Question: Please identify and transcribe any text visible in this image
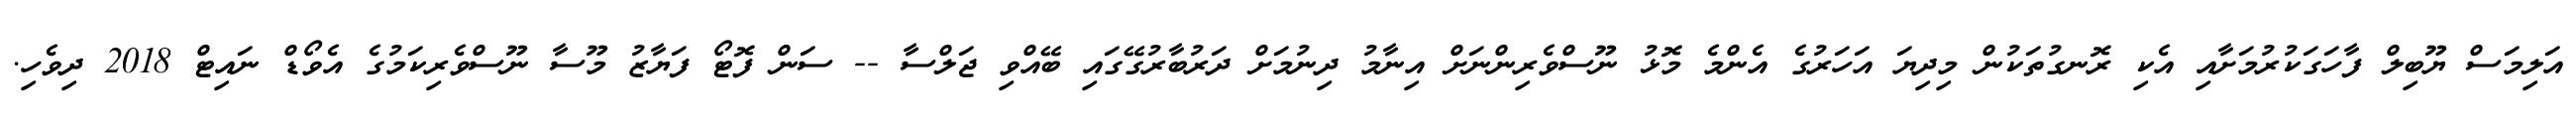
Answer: އަލިމަސް ޔޫބިލް ފާހަގަކުރުމަށާއި އެކި ރޮނގުތަކުން މިދިޔަ އަހަރުގެ އެންމެ މޮޅު ނޫސްވެރިންނަށް އިނާމު ދިނުމަށް ދަރުބާރުގޭގައި ބޭއްވި ޖަލްސާ -- ސަން ފޮޓޯ ފަޔާޒު މޫސާ ނޫސްވެރިކަމުގެ އެވޯޑް ނައިޓް 2018 ދިވެހި.